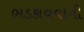
ભડકાવવાની